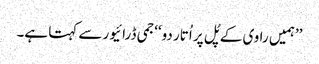
’’ہمیں راوی کے پُل پر اُتار دو‘‘جمی ڈرائیور سے کہتا ہے۔